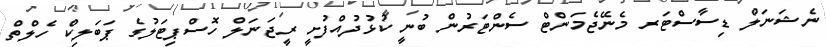
ނެޝަނަލް ޑިސާސްޓަރ މެނޭޖެމަންޓް ސެންޓަރުން ބުނީ ކުޅުދުއްފުށީ ރީޖަނަލް ހޮސްޕިޓަލުގެ ޕަބަލިކް ހެލްތް